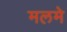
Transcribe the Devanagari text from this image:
मलमे